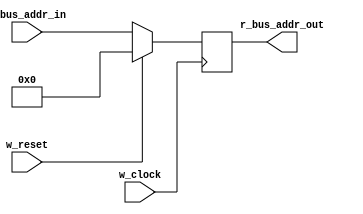
module m_pc_reg (r_bus_addr_out, w_bus_addr_in, w_clock, w_reset);
	input [7:0] w_bus_addr_in;				
	input w_clock, w_reset;					
	output reg [7:0] r_bus_addr_out;			
	always @ (posedge w_clock)				
		if (w_reset) r_bus_addr_out <= 8'b0;		
		else r_bus_addr_out <= w_bus_addr_in;		
endmodule